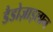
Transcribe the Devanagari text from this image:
डैडोज़ाइलान